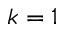
k = 1